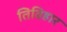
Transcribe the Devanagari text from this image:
तिविहार